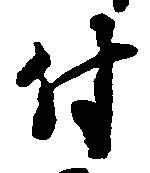
付